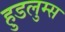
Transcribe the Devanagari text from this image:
हुडलुम्स